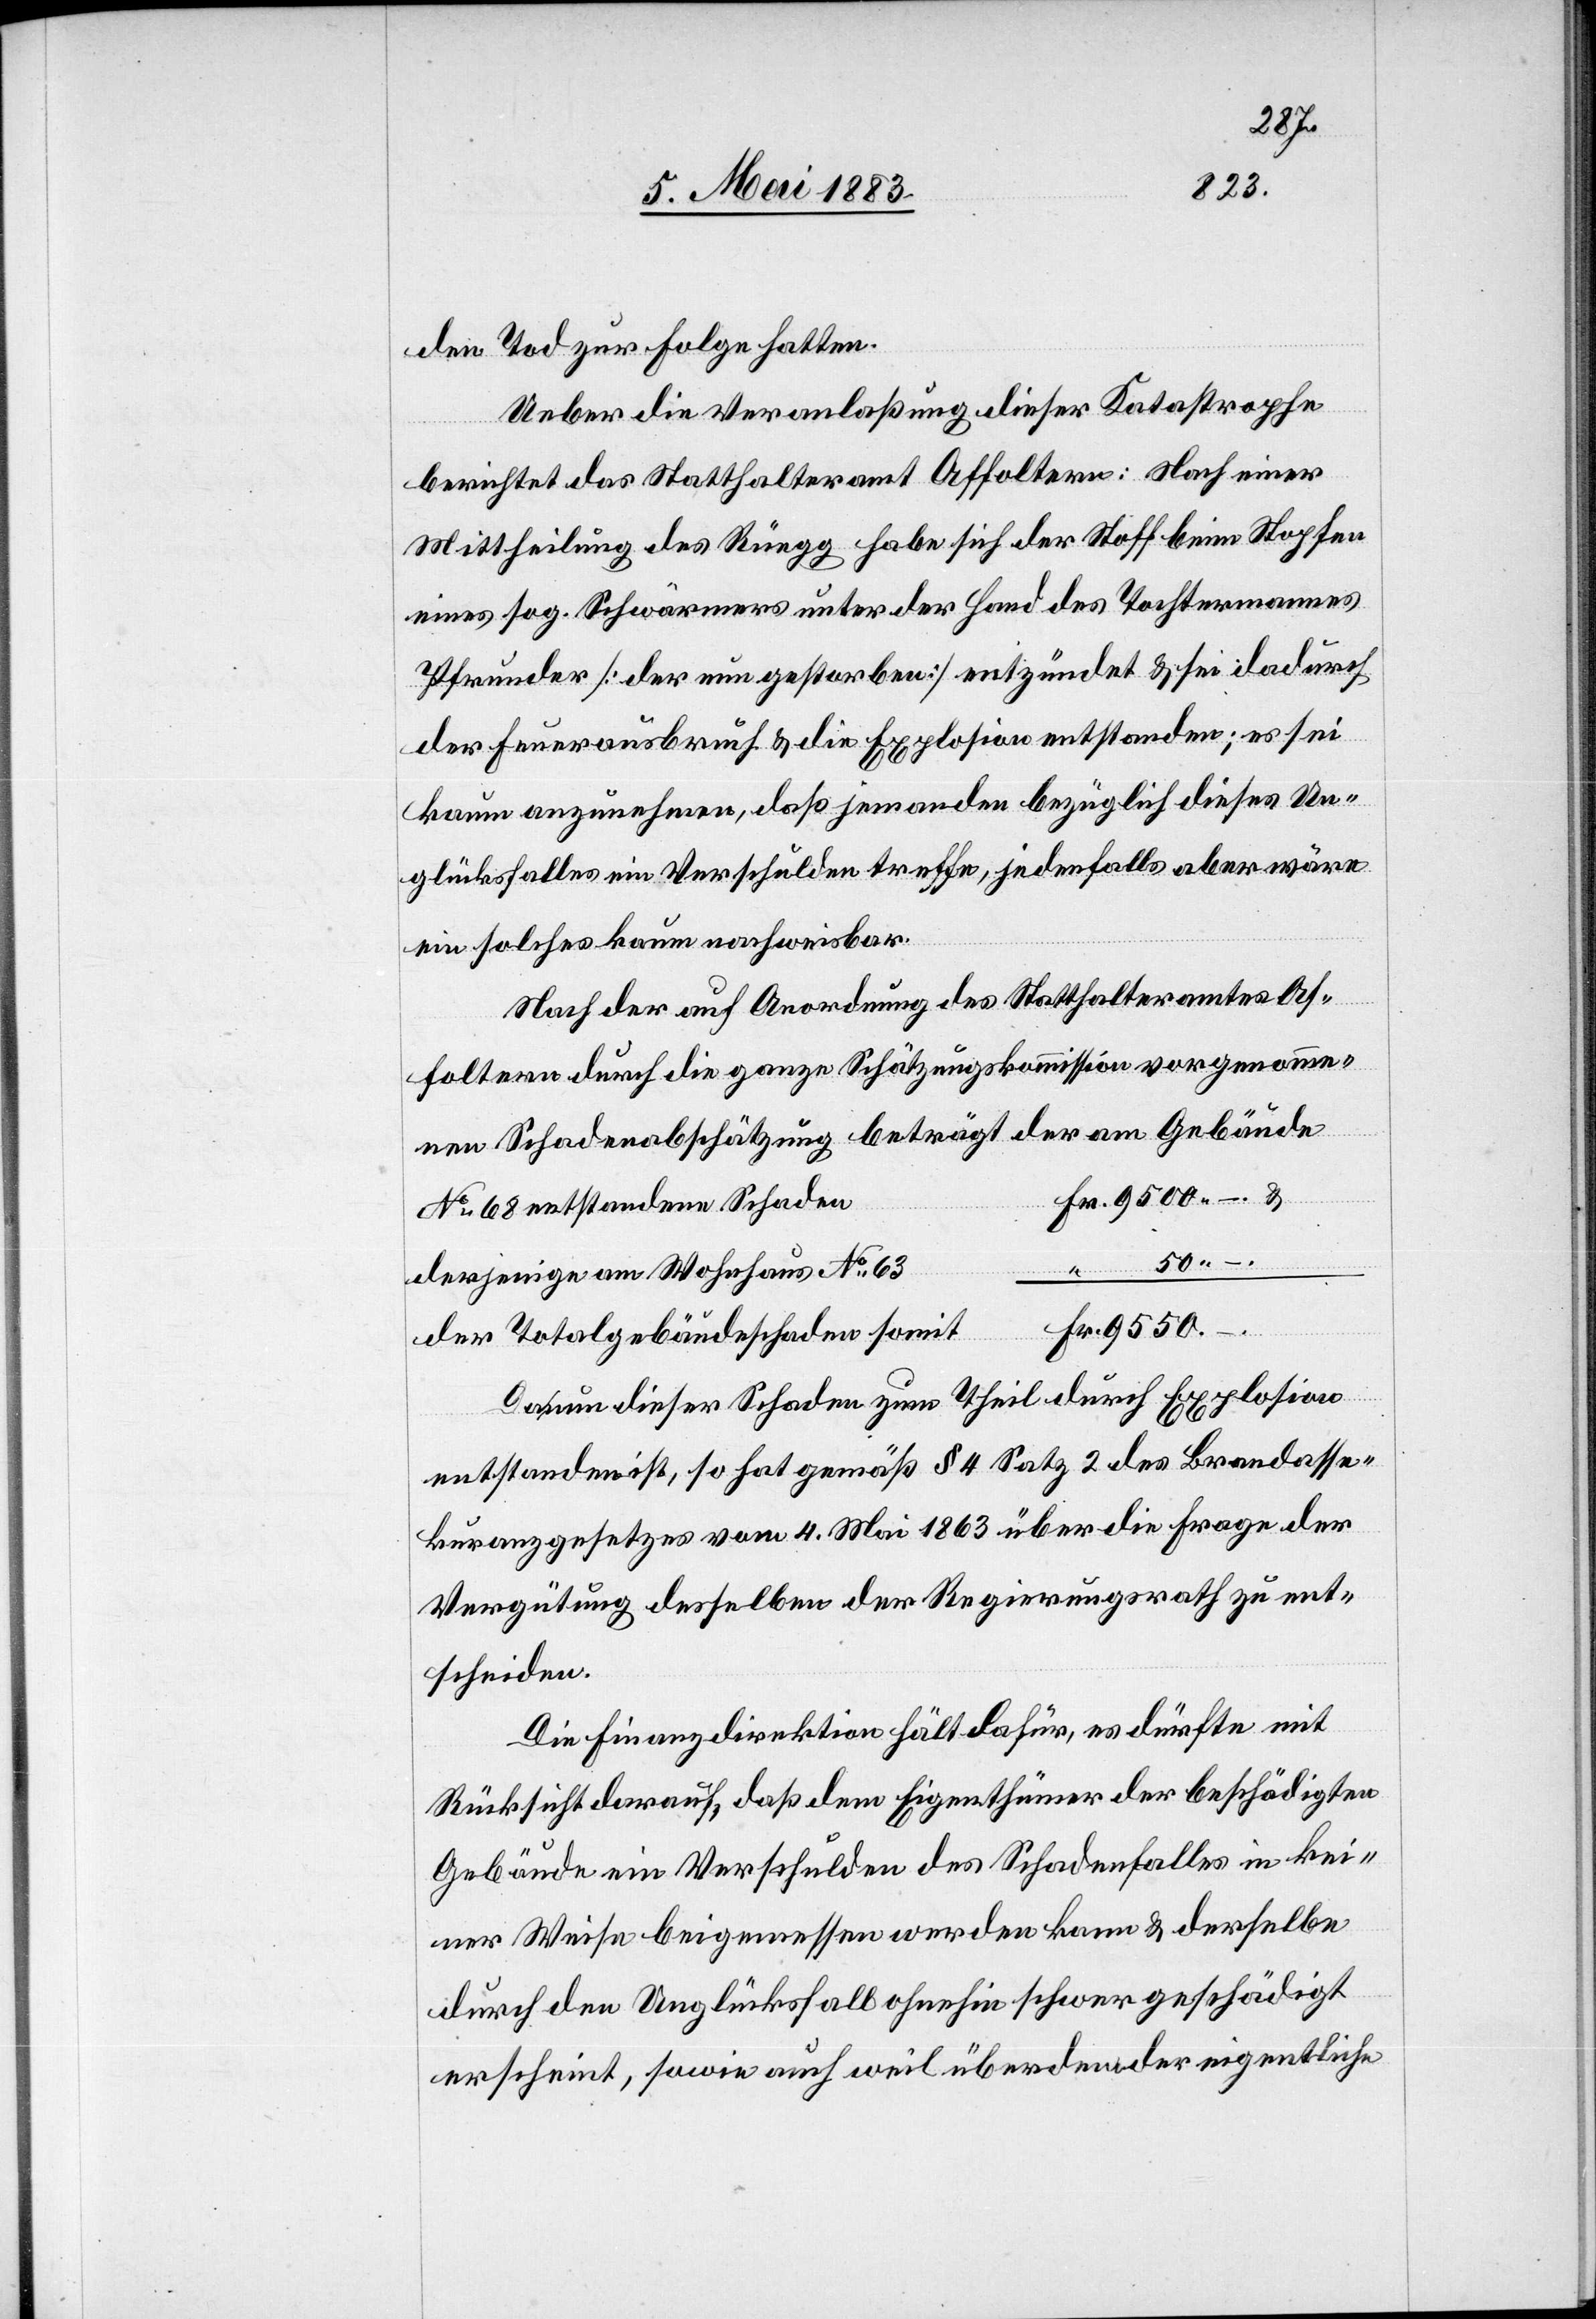
50 –.
den Tod zur Folge hatten.
Ueber die Veranlaßung dieser Katastrophe
berichtet das Statthalteramt Affoltern: Nach einer
Mittheilung des Rüegg habe sich der Stoff beim Stopfen
eines sog. Schwärmers unter der Hand des Tochtermannes
Pfrunder [der nun gestorben] entzündet & sei dadurch
der Feuerausbruch & die Explosion entstanden; es sei
kaum anzunehmen, daß jemanden bezüglich dieses Un¬
glücksfalles ein Verschulden treffe, jedenfalls aber wäre
ein solches kaum nachweisbar.
Nach der auf Anordnung des Statthalteramtes Af¬
foltern durch die ganze Schätzungskommission vorgenomme¬
ne Schadenabschätzung beträgt der am Gebäude
No 68 entstandene Schaden
derjenige am Wohnhaus No 63
“
der Totalgebäudeschaden somit
Fr.
Daß nun dieser Schaden zum Theil durch Explosion
entstanden ist, so hat gemäß § 4 Satz 2 des Brandasse¬
kuranzgesetzes vom 4. Mai 1863 über die Frage der
Vergütung desselben der Regierungsrath zu ent¬
scheiden.
Die Finanzdirektion hält dafür, es dürfte mit
Rücksicht darauf, daß dem Eigenthümer der beschädigten
Gebäude ein Verschulden des Schadenfalles in kei¬
ner Weise beigemessen werden kann & derselbe
durch den Unglücksfall ohnehin schwer geschädigt
erscheint, sowie auch weil überdem der eigentliche